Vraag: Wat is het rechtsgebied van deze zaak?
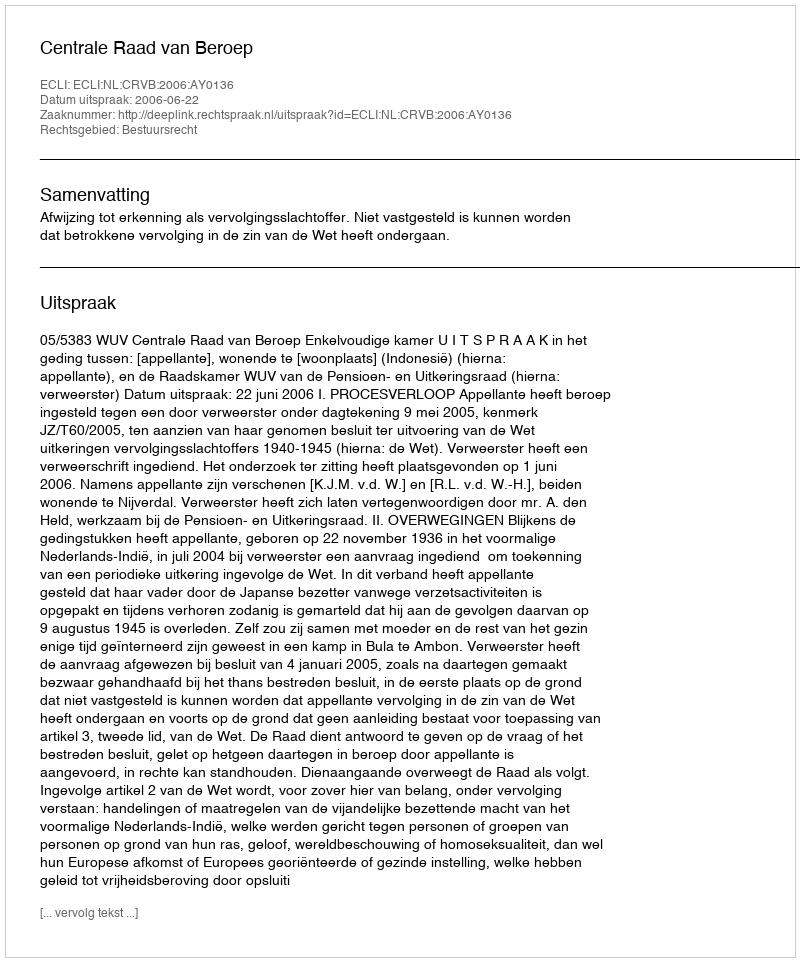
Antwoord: Bestuursrecht